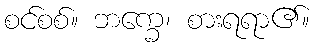
စင်စစ်။ ဘက္ခေ၊ စားရရာ၏။